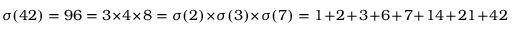
\sigma ( 4 2 ) = 9 6 = 3 \times 4 \times 8 = \sigma ( 2 ) \times \sigma ( 3 ) \times \sigma ( 7 ) = 1 + 2 + 3 + 6 + 7 + 1 4 + 2 1 + 4 2